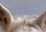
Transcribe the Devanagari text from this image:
पिचंडी